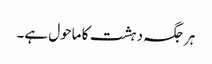
ہرجگہ دہشت کا ماحول ہے۔